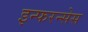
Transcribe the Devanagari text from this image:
इन्फरन्सेस